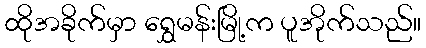
ထိုအခိုက်မှာ ရွှေမန်းမြို့က ပူအိုက်သည်။